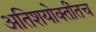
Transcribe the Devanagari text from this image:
अतिशयोक्तींतच